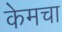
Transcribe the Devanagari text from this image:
केमचा